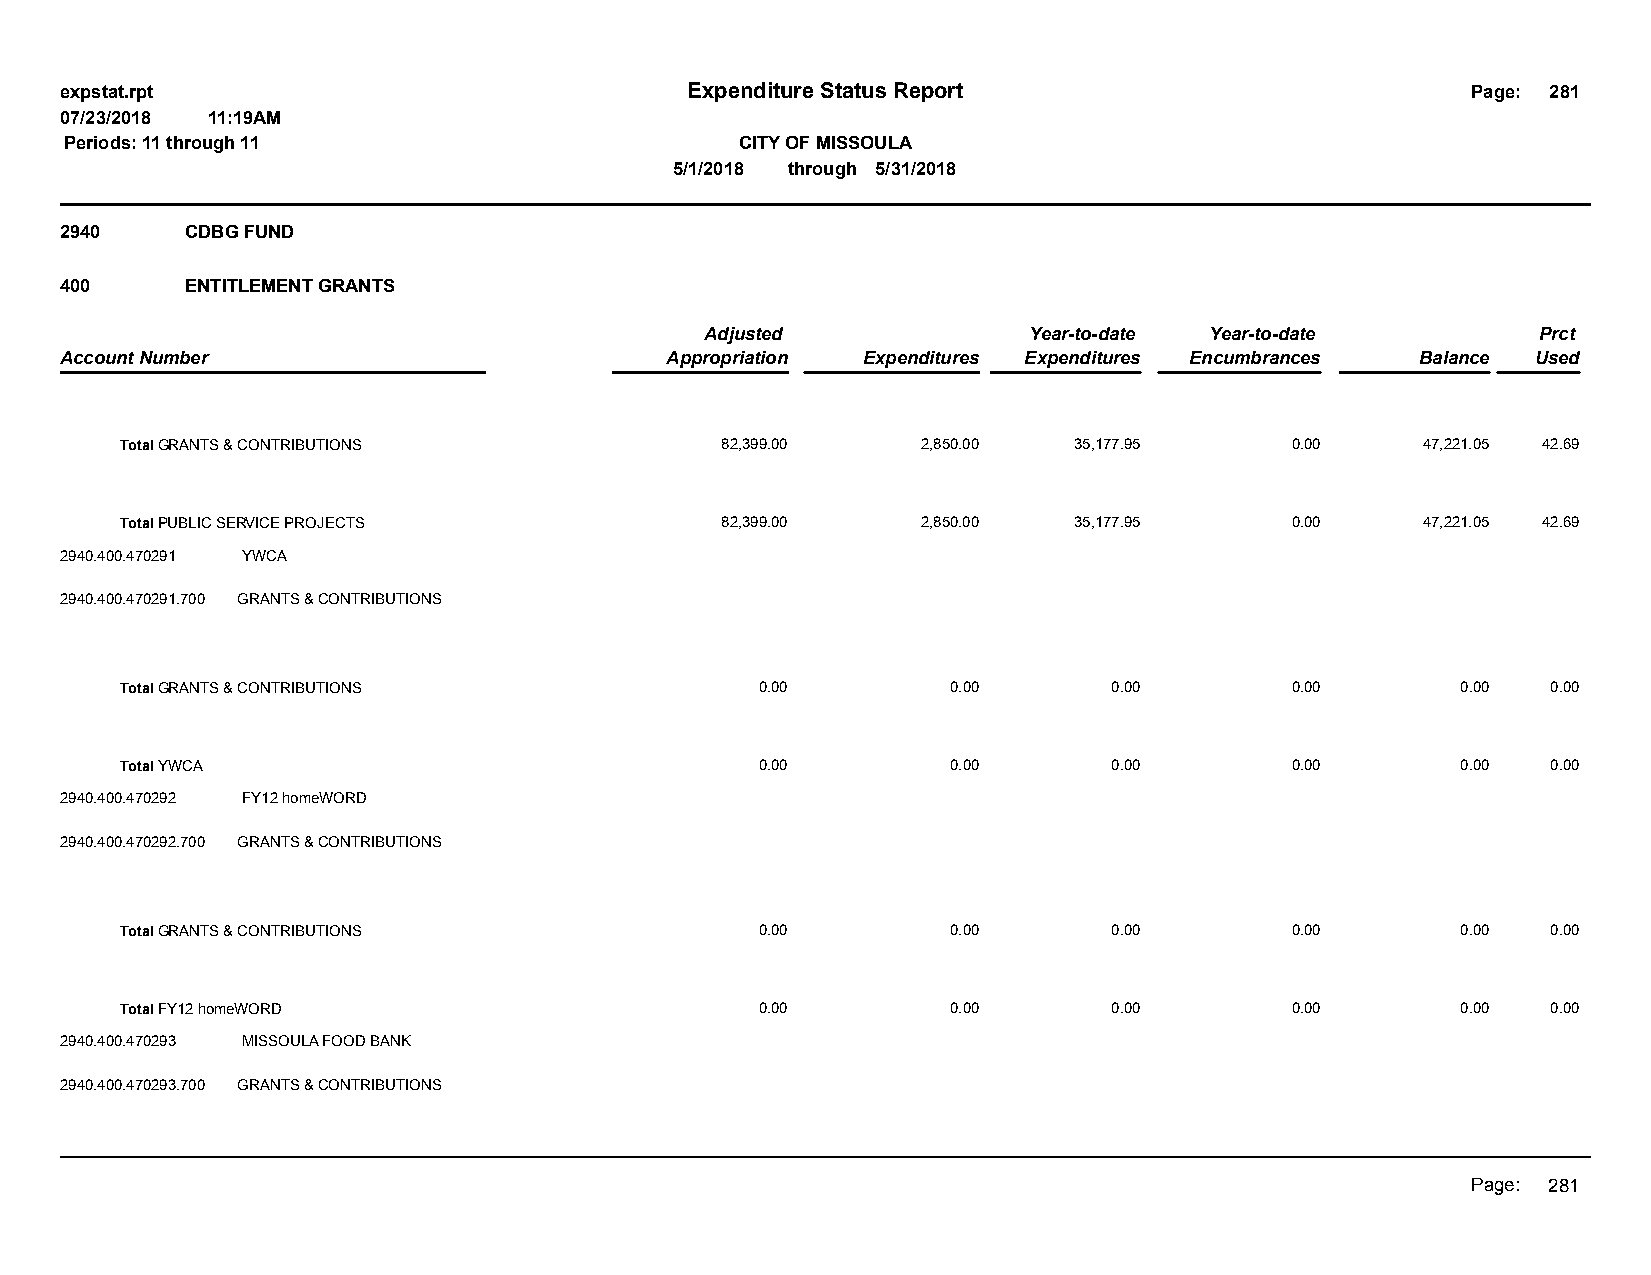
expstat.rpt                              Expenditure Status Report                           Page: 281
 07/23/2018 11:19AM
 Periods: 11 through 11                       CITY OF MISSOULA
 5/1/2018 through 5/31/2018
 2940    CDBG FUND
 400     ENTITLEMENT GRANTS
 Adjusted             Year-to-date Year-to-date         Prct
 Account Number                          Appropriation Expenditures Expenditures Encumbrances Balance Used
 Total GRANTS & CONTRIBUTIONS            82,399.00    2,850.00  35,177.95     0.00     47,221.05 42.69
 Total PUBLIC SERVICE PROJECTS           82,399.00    2,850.00  35,177.95     0.00     47,221.05 42.69
 2940.400.470291 YWCA
 2940.400.470291.700 GRANTS & CONTRIBUTIONS
 Total GRANTS & CONTRIBUTIONS              0.00         0.00       0.00       0.00        0.00  0.00
 Total YWCA                                0.00         0.00       0.00       0.00        0.00  0.00
 2940.400.470292 FY12 homeWORD
 2940.400.470292.700 GRANTS & CONTRIBUTIONS
 Total GRANTS & CONTRIBUTIONS              0.00         0.00       0.00       0.00        0.00  0.00
 Total FY12 homeWORD                       0.00         0.00       0.00       0.00        0.00  0.00
 2940.400.470293 MISSOULA FOOD BANK
 2940.400.470293.700 GRANTS & CONTRIBUTIONS
 Page: 281